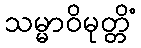
သမ္မာဝိမုတ္တိံ